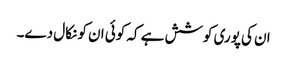
ان کی پوری کوشش ہے کہ کوئی ان کو نکال دے۔